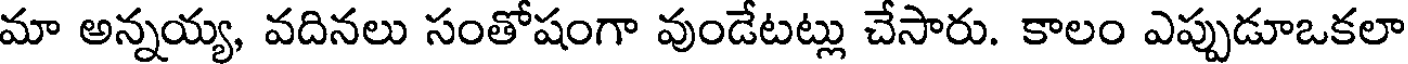
మా అన్నయ్య, వదినలు సంతోషంగా వుండేటట్లు చేసారు. కాలం ఎప్పుడూఒకలా